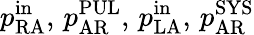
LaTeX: p_{\mathrm{RA}}^{\mathrm{in}},\, p_{\mathrm{AR}}^{\mathrm{PUL}},\, p_{\mathrm{LA}}^{\mathrm{in}},\, p_{\mathrm{AR}}^{\mathrm{SYS}}